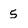
Character: 5